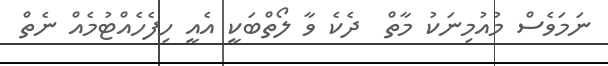
ނަމަވެސް މުއުމިނަކު މާތް  ދެކެ ވާ ލޯތްބަކީ އެއީ ހިފެހެއްޓުމެއް ނެތް